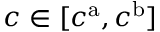
c \in [ c ^ { \mathrm { a } } , c ^ { \mathrm { b } } ]